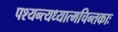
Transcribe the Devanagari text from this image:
पश्यन्त्यध्यात्मचिन्तकाः